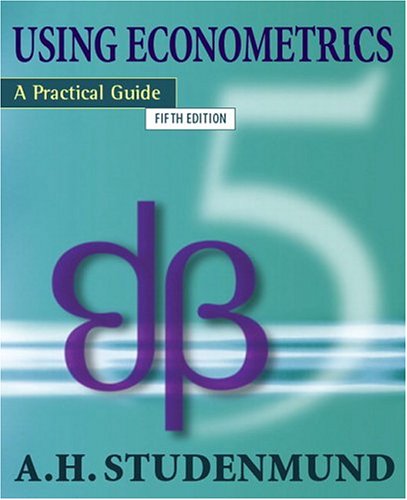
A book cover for Using Econometrics: A Practical Guide (5th Edition); A.H. Studenmund; Business & Money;